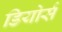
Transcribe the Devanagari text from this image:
डियोर्स